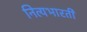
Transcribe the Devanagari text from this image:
नित्यभारती